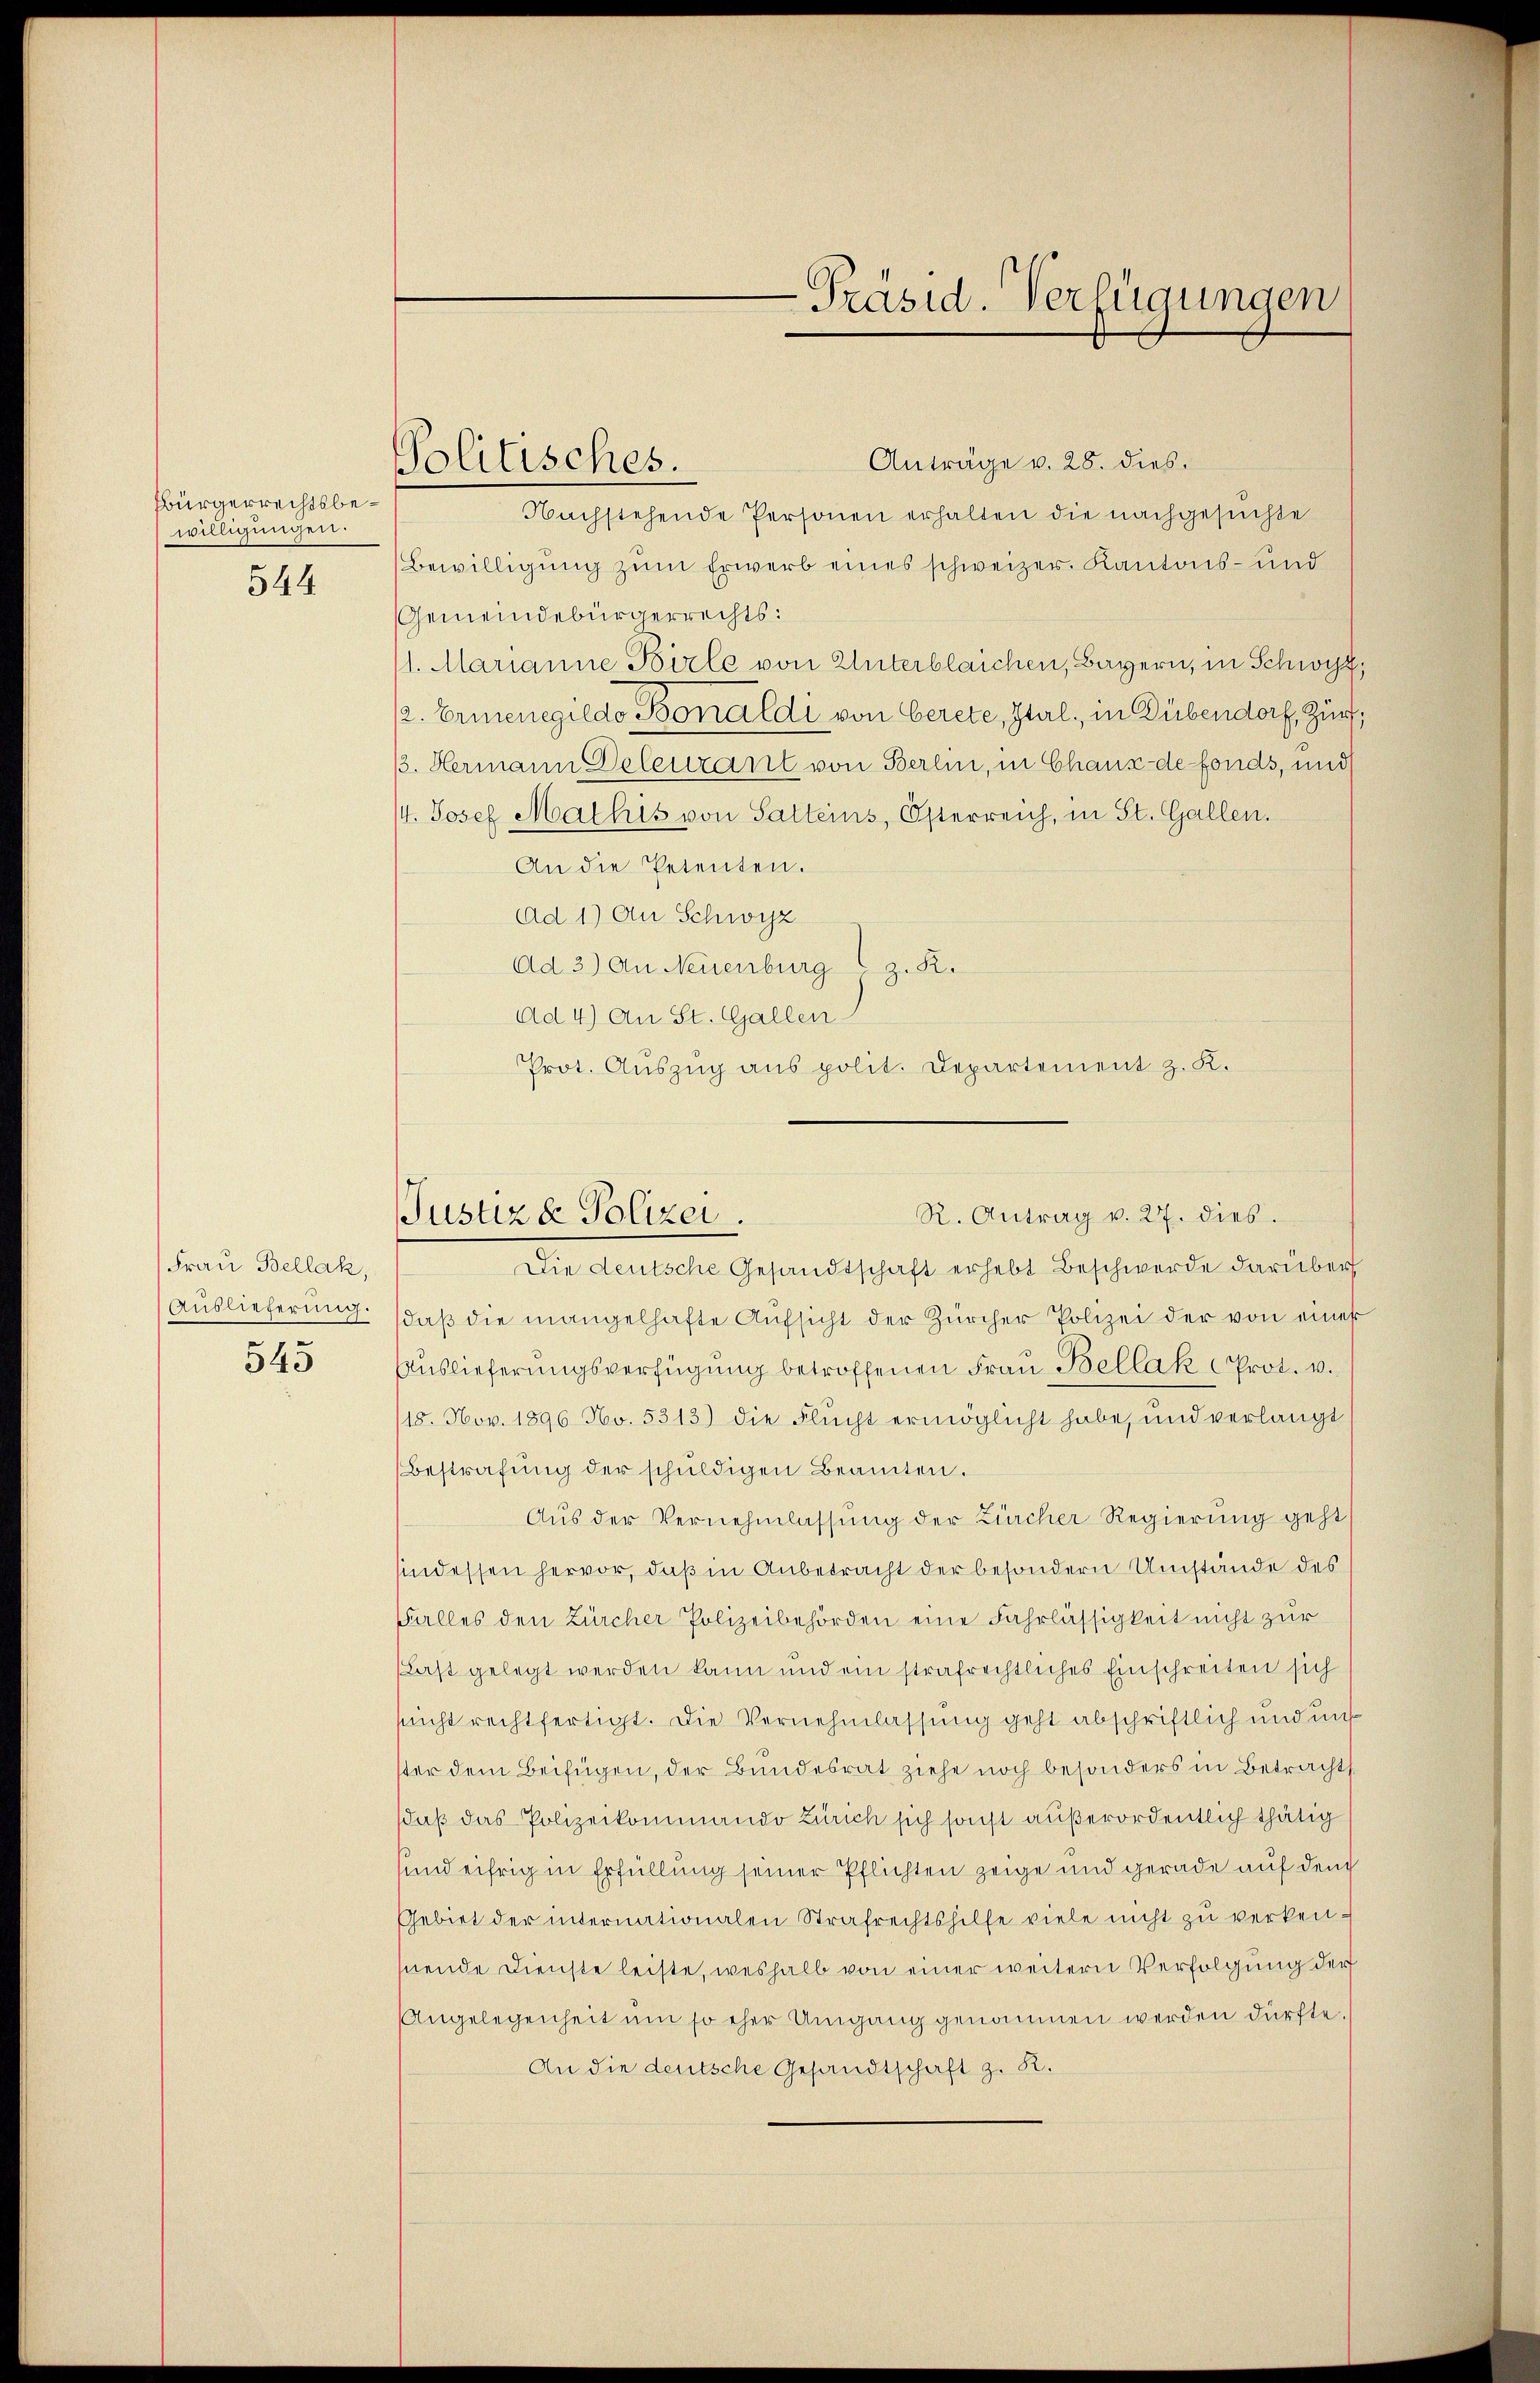
Bürgerrechtsbewilligungen.

544

Frau Bellak,

545

Solitisches.

Die deutsche Gesandtschaft erhebt Beschwerde darüber
Auslieferung. daβ die mangelhafte Aufsicht der Zürcher Polizei der von einer
Auslieferungsverfügung betroffenen Frau Bellak (Prot. v.
18. Nov. 1896 No. 5313) die Flucht ermöglicht habe, und verlangt
Bestrafŭng der schŭldigen Beamten.
Aus der Vernehmlassŭng der Zürcher Regierung geht
sindessen hervor, daß in Anbetracht der besondern Umstände des
Falles den Zürcher Polizeibehörden eine Fahrlässigkeit nicht zur
(Last gelegt werden kann und ein strafrechtliches Einschreiten sich
nicht rechtfertigt. Die Vernehmlassung geht abschriftlich und uns
ster dem Beifügen, der Bundesrat ziehe noch besonders in Betracht
sdaß das Polizeikommando Zürich sich sonst außerordentlich thätig
sund eifrig in Erfüllung seiner Pflichten zeige und gerade auf dem
Gebiet der internationalen Strafrechtshilfe viele nicht zu verkensnende Dienste leiste, weshalb von einer weitern Verfolgung der
Angelegenheit um so eher Umgang genommen werden dürfte.
An die deutsche Gesandtschaft z. R.

-Präsid. Verfügungen

Anträge v. 28. dies
Nachstehende Personen erhalten die nachgesuchte
Bewilligung zum Erwerb eines schweizer. Kantons- und
Gemeindebürgerrechts:
1. Marianne Birle von Unterbleichen, Bayern, in Schwyz,
12. Ernenegildo Bonaldi von Gerete, Ital, in Dübendorf, Zür
/3. Hermann Deleutant von Berlin, in Chaux de fonds, und
/4. Josef Mathis von Satteins, Österreich, in St. Gallen.
An die Petenten.
Ad 1) An Schwyz
Ad 3) An Neuenburg z. R.
Ad 4) An St. Gallen
Prot. Auszug aus polit. Departement z. K.

R. Antrag v. 27. dies
Justiz & Polizei.